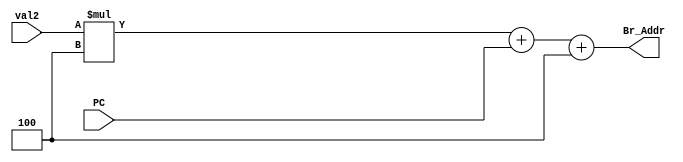
module CalcJumpDest (
  input[31:0] val2,
  input[31:0] PC,
  output[31:0] Br_Addr
  );
  assign Br_Addr = val2 * 4 + PC + 4;
endmodule